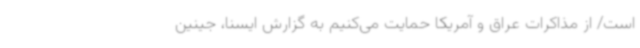
است/ از مذاکرات عراق و آمریکا حمایت می‌کنیم به گزارش ایسنا، جینین